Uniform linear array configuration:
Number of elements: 12
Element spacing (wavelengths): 0.5
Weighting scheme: blackman
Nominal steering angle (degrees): -15
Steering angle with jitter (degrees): -13.814
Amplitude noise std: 0.05
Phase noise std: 0.05

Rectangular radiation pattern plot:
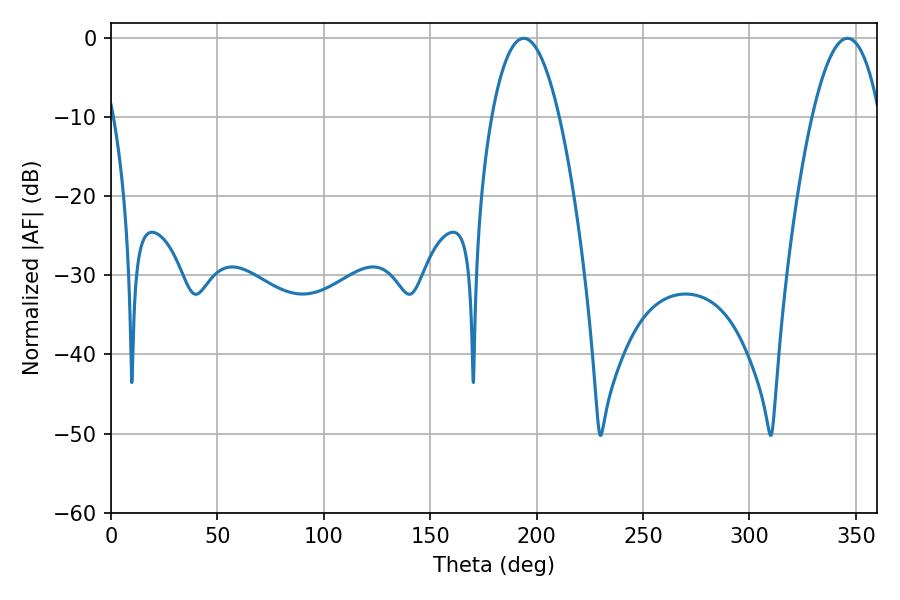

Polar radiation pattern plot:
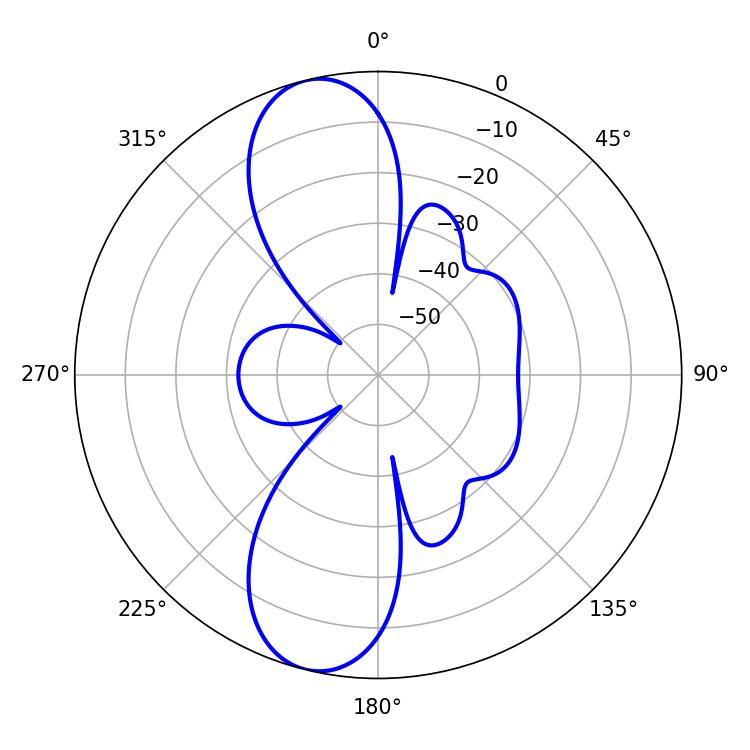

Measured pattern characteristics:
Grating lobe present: FALSE
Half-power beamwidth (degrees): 17.64
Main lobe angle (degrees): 193.86